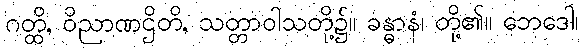
ဂတ္ထိ, ဝိညာဏဌိတိ, သတ္တာဝါသတို့၌။ ခန္ဓာနံ၊ တို့၏။ ဘေဒေါ၊